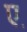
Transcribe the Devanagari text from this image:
ए़